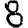
Digit: 8